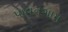
પાવનગામ